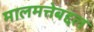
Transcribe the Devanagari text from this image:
मालमत्तेबद्दल